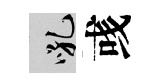
吼彧